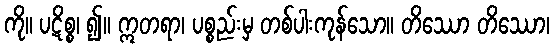
ကို။ ပဋိစ္စ၊ ၍။ ဣတရာ၊ ပစ္စည်းမှ တစ်ပါးကုန်သော။ တိဿော တိဿော၊